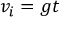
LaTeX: \ v _ { i } = g t